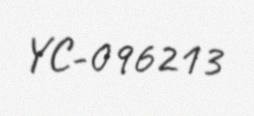
YC-096213